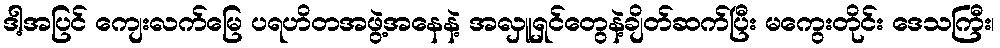
ဒါ့အပြင် ကျေးလက်မြေ ပရဟိတအဖွဲ့အနေနဲ့ အလှူရှင်တွေနဲ့ချိတ်ဆက်ပြီး မကွေးတိုင်း ဒေသကြီး၊